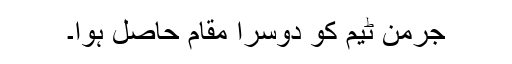
جرمن ٹیم کو دوسرا مقام حاصل ہوا۔